Vaccination report Assam 1874-1896 - 1874-1896
Year: 1874
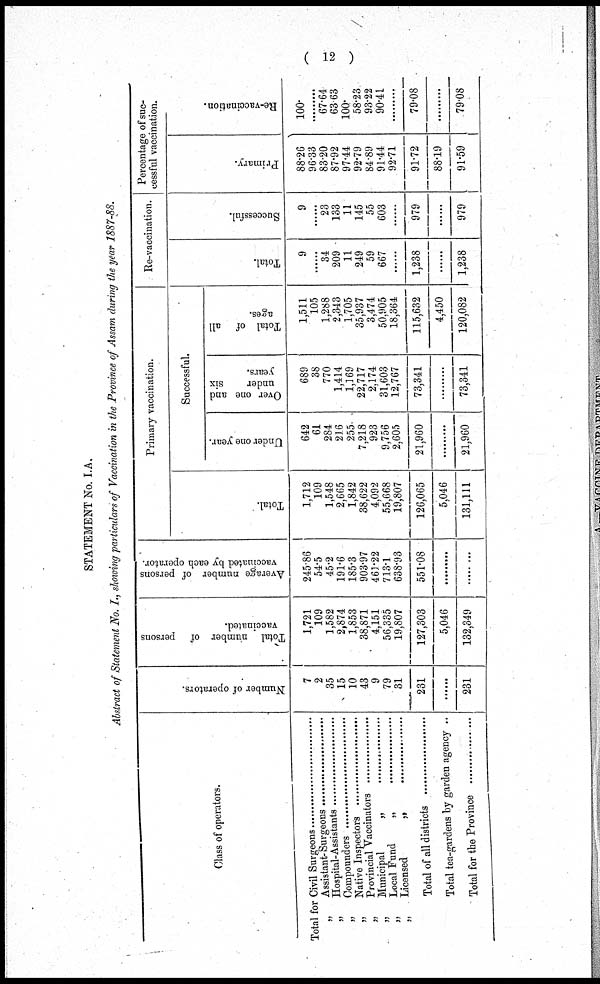
( 12 )
STATEMENT No. I.A.
Abstract of Statement No. I., showing particulars of Vaccination in the Province of Assam during the year 1887-88.
Class of operators.
Total for Civil Surgeon ..................
„ Assistant-Surgeon ...............
„ Hospital-Assistants ...............
„ Compounder .....................
„ Native Inspector ...............
„ Provincial vaccinators .........
„ Municipal „ .........
„ Local Fund „ ......
„ Licensed „ ......
Total of all districts ........................
Total tea-gardens by garden agency ..
Total for the Province ........................
Number of operators.
7
2
35
15
10
43
9
79
31
231
......
231
Total number of persons
vaccinated.
1,721
109
1,582
2,874
1,853
38,871
4,151
56,335
19,807
127,303
5,046
132,349
Average number of persons
vaccinated by each operator.
245.86
54.5
45.2
191.6
185.3
903.97
461.22
713.1
638.93
551.08
.........
.........
Primary vaccination.
Total.
1,712
109
1,548
2,665
1,842
38,622
4,092
55,668
19,807
126,065
5,046
131,111
Successful.
Under one year.
642
61
284
216
255
7,218
923
9,756
2,605
21,960
.........
21,960
Over one and
under
six
years.
689
38
770
1,414
1,169
22,717
2,174
31,603
12,767
73,341
.........
73,341
Total of all
ages.
1,511
105
1,288
2,343
1,705
35,937
3,474
50,905
18,364
115,632
4,450
120,082
Re-vaccination.
Total.
9
......
34
209
11
249
59
667
......
1,238
......
1,238
Successful.
9
......
23
133
11
145
55
603
......
979
......
979
Percentage of suc-
cessful vaccination.
Primary.
88.26
96.33
83.20
87.92
97.44
92.79
84.89
91.44
92.71
91.72
88.19
91.59
Re-vaccination.
100.
.........
67.64
63.63
100.
58.23
93.22
90.41
.........
79.08
.........
79.08